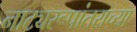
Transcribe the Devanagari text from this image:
नाट्यरूपांतराच्या